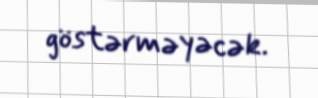
göstərməyəcək.